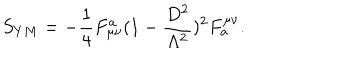
LaTeX: S _ { Y M } = - \frac { 1 } { 4 } F _ { \mu \nu } ^ { a } ( 1 - \frac { D ^ { 2 } } { \Lambda ^ { 2 } } ) ^ { 2 } F _ { a } ^ { \mu \nu } .